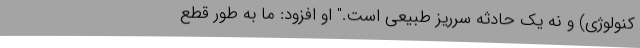
کنولوژی) و نه یک حادثه سرریز طبیعی است." او افزود: ما به طور قطع